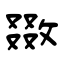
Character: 敪